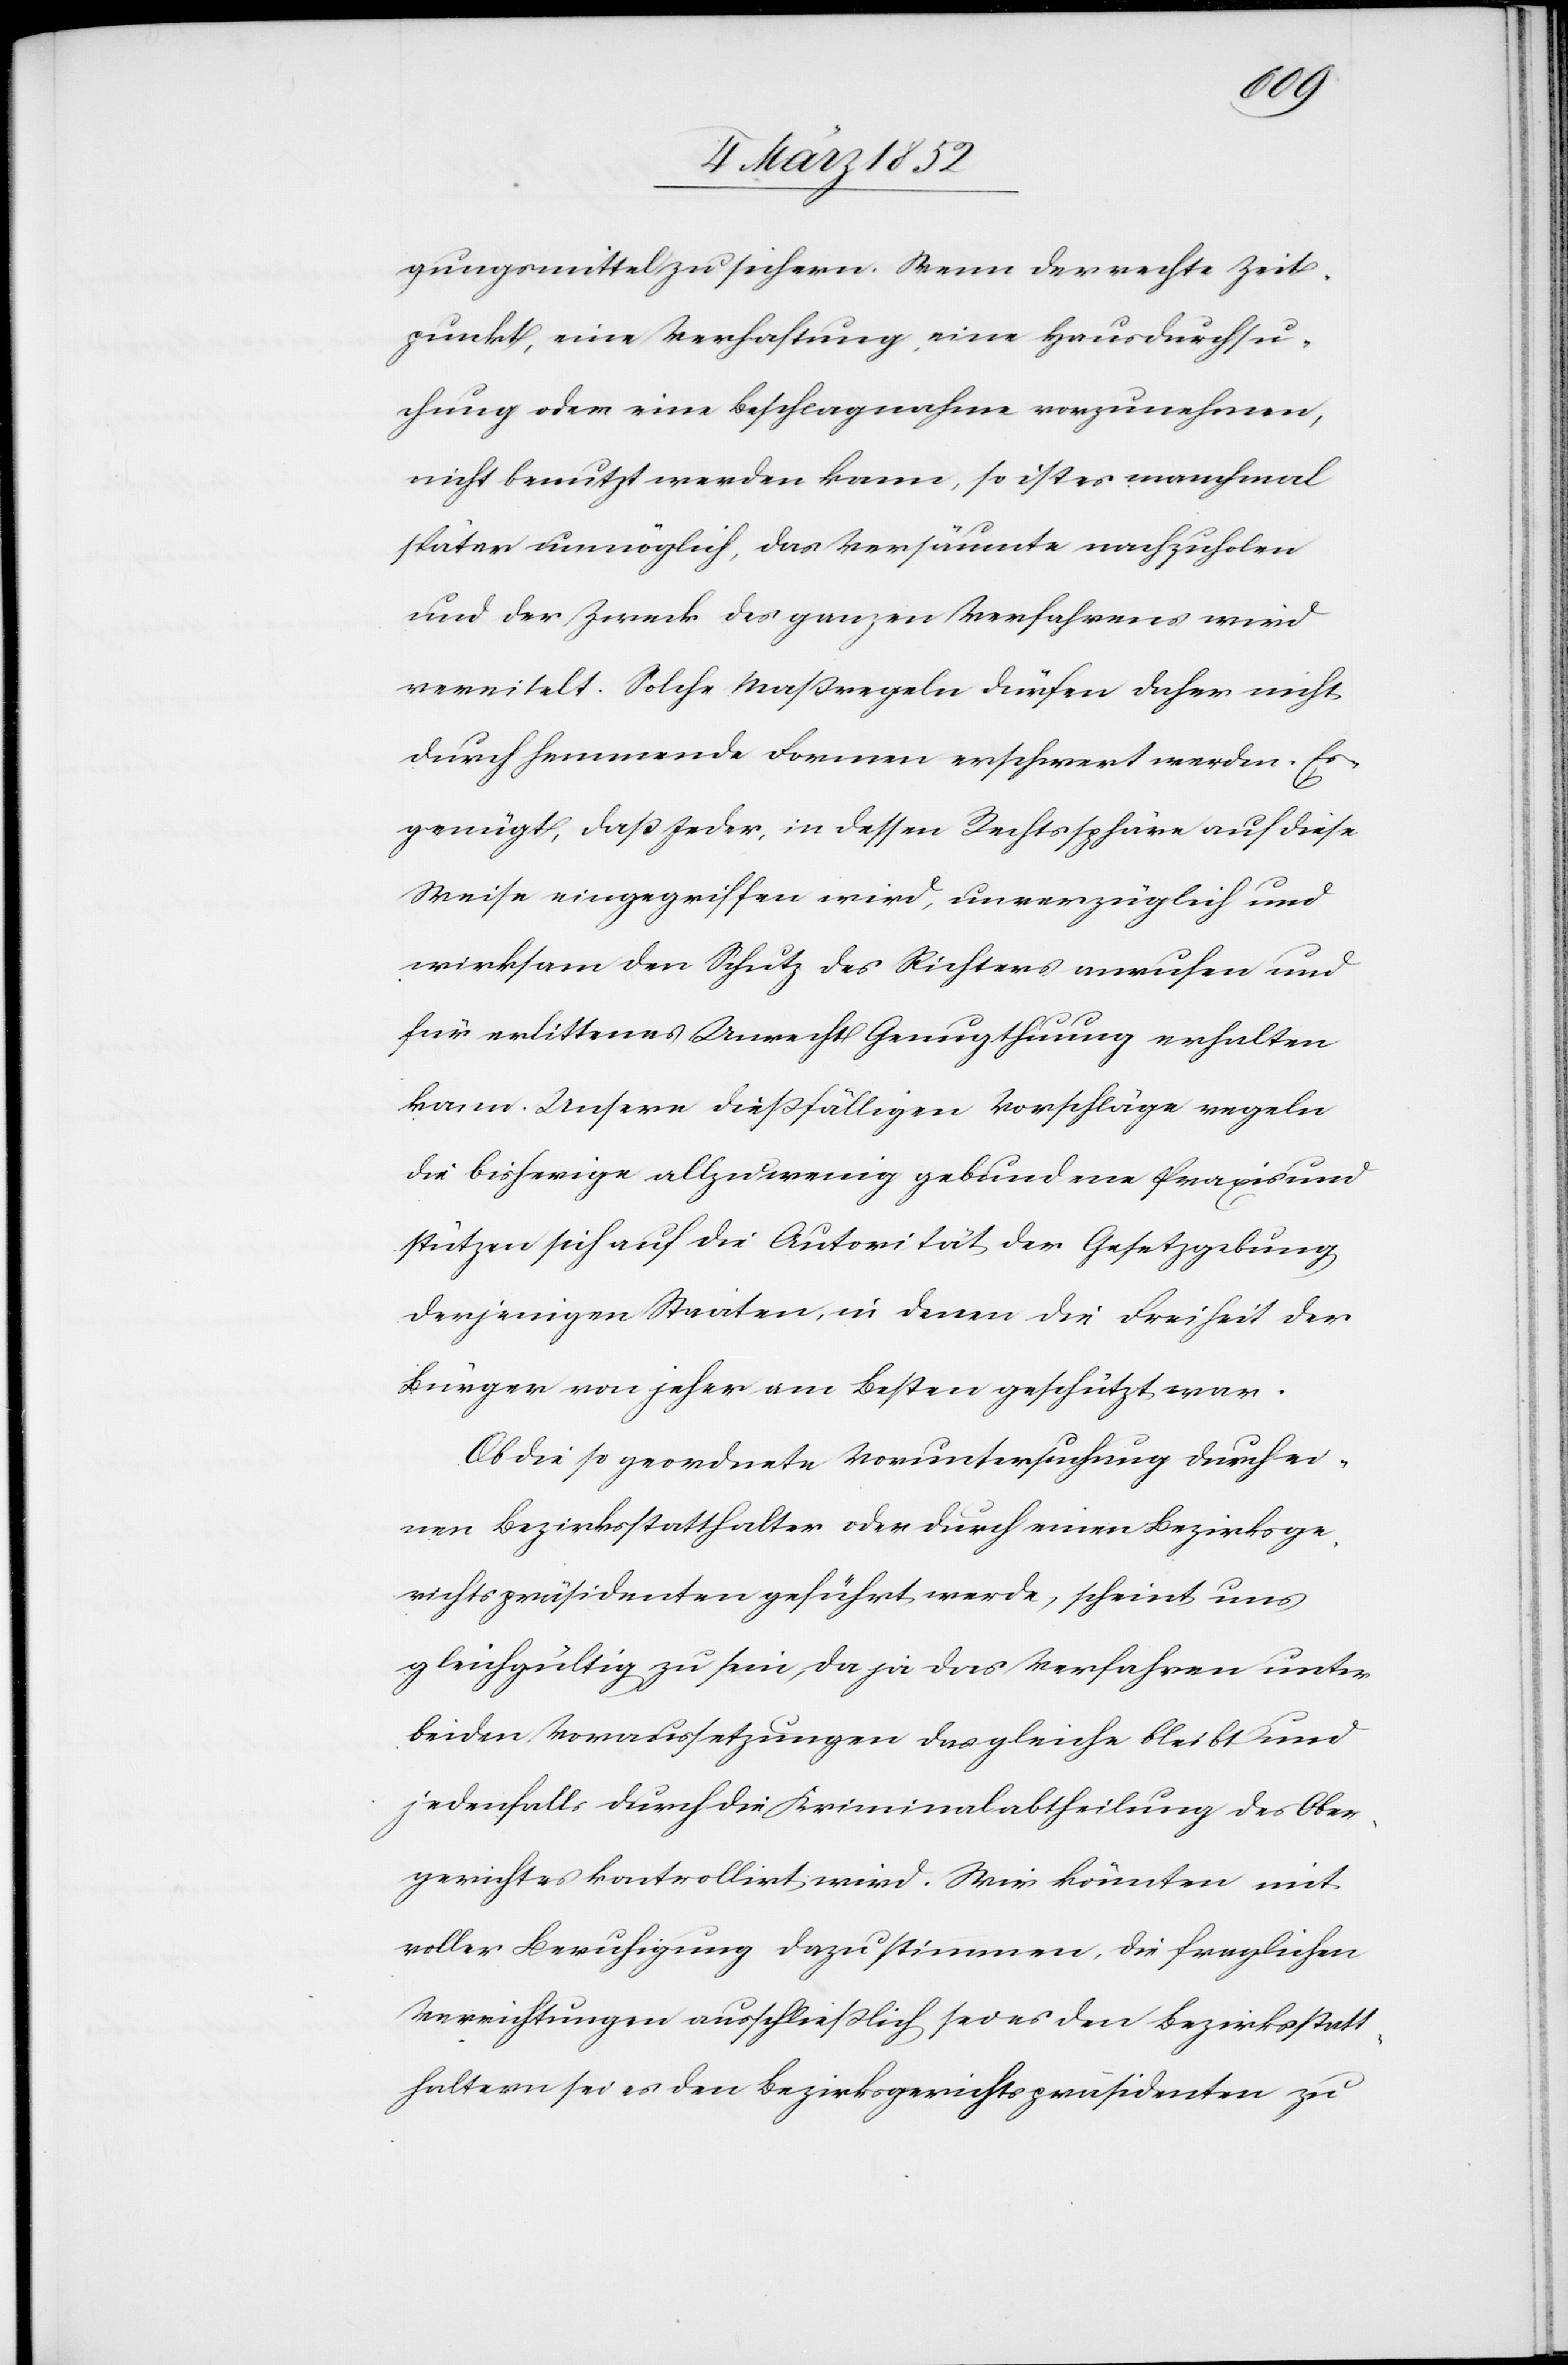
gungsmittel zu sichern. Wenn der rechte Zeit¬
punkt, eine Verhaftung, eine Hausdurchsu¬
chung oder eine Beschlagnahme vorzunehmen,
nicht genutzt werden kann, so ist es manchmal
später unmöglich, das Versäumte nachzuholen
und der Zweck des ganzen Verfahrens wird
vereitelt. Solche Maßregeln dürfen daher nicht
durch hemmende Formen erschwert werden. Es
genügt, daß Jeder, in dessen Rechtssphäre auf diese
Weise eingegriffen wird, unverzüglich und
wirksam den Schutz des Richters anrufen und
für erlittenes Unrecht Genugthuung erhalten
kann. Unsere dießfälligen Vorschläge regeln
die bisherige allzuwenig gebundene Praxis und
stützen sich auf die Autorität der Gesetzgebung
derjenigen Staaten, in denen die Freiheit der
Bürger von jeher am Besten geschützt war.
Ob die geordnete Voruntersuchung durch ei¬
nen Bezirksstatthalter oder durch einen Bezirksge¬
richtspräsidenten geführt werde, scheint uns
gleichgültig zu sein, da ja das Verfahren unter
beiden Voraussetzungen das gleiche bleibt und
jedenfalls durch die Kriminalabtheilung des Ober¬
gerichtes kontrollirt wird. Wir könnten mit
voller Beruhigung dazu stimmen, die fraglichen
Verrichtungen ausschließlich sei es den Bezirksstatt¬
haltern sei es den Bezirksgerichtspräsidenten zu